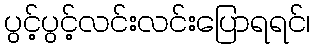
ပွင့်ပွင့်လင်းလင်းပြောရရင်၊